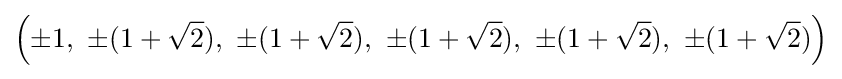
\left(\pm 1,\ \pm (1+{\sqrt {2}}),\ \pm (1+{\sqrt {2}}),\ \pm (1+{\sqrt {2}}),\ \pm (1+{\sqrt {2}}),\ \pm (1+{\sqrt {2}})\right)